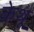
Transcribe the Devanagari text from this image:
केथू